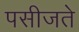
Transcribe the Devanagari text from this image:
पसीजते